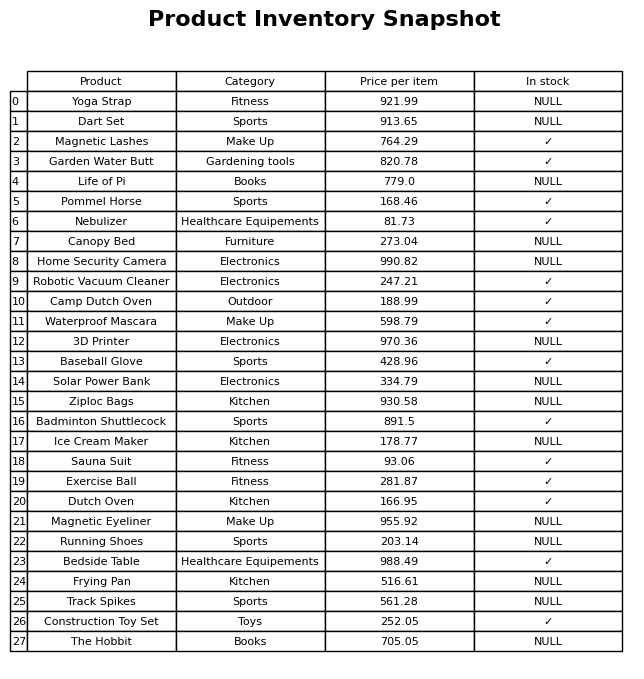
question: What is the price for Dart Set?
answer: The price of Dart Set is 913.65.